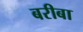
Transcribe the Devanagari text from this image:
बरीबा